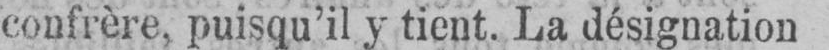
confrère, puisqu’il y tient. La désignation